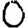
Digit: 0